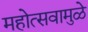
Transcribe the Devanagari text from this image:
महोत्सवामुळे